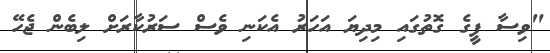
"ވިސާ ފީގެ ގޮތުގައި މިދިޔަ އަހަރު އެކަނި ވެސް ސަރުކާރަށް ލިބެން ޖެހޭ